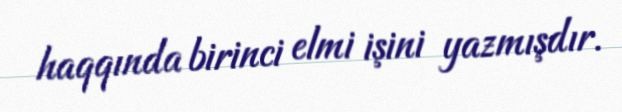
haqqında birinci elmi işini yazmışdır.